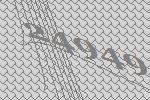
24949